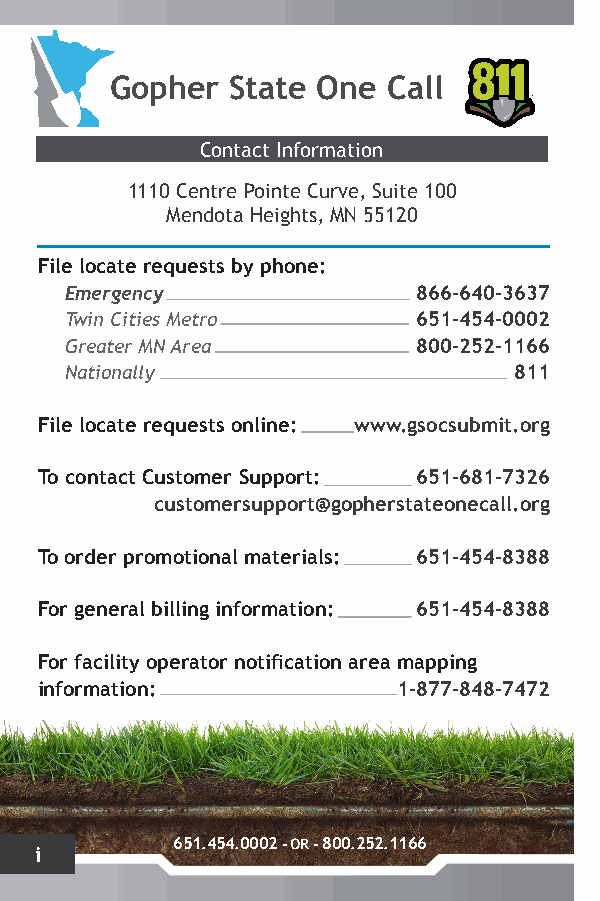
Gopher  State One  Call
 Contact Information
 1110 Centre Pointe Curve, Suite 100
 Mendota Heights, MN 55120
 File locate requests by phone:
 Emergency               866-640-3637
 Twin Cities Metro       651-454-0002
 Greater MN Area         800-252-1166
 Nationally                    811
 File locate requests online: www.gsocsubmit.org
 To contact Customer Support: 651-681-7326
 customersupport@gopherstateonecall.org
 To order promotional materials: 651-454-8388
 For general billing information: 651-454-8388
 For facility operator notification area mapping
 information:            1-877-848-7472
 651.454.0002 - OR - 800.252.1166
 i